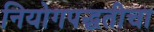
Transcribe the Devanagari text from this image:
नियोगपद्धतीचा